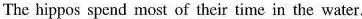
The hippos spend most of their time in the water.